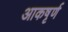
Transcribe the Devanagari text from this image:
आकषृर्ण